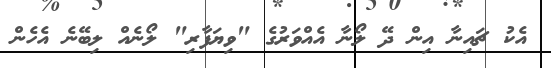
އެކު ޗައިނާ އިން ދޭ ލޯނާ އެއްވަރުގެ "ވިޔަފާރި" ލޯނެއް ލިބޭނެ އެހެން